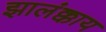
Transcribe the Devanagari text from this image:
झालंक्काय